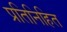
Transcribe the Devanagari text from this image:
प्रतिनिहित